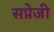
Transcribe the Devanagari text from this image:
सप्रेजी